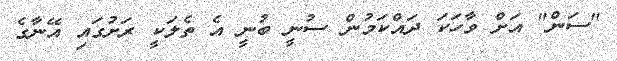
"ސަން" އަށް ވާހަކަ ދައްކަމުން ސުނީ ބުނީ އެ ތެލަކީ ރަށުގައި އޭނާގެ